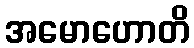
အမောဟောတိ